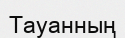
Тауанның